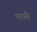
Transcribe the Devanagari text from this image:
नरासी